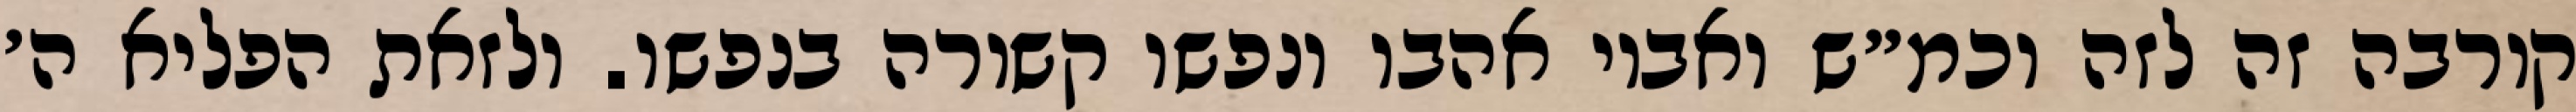
קורבה זה לזה וכמ״ש ואביו אהבו ונפשו קשורה בנפשו. ולזאת הפליא ה׳